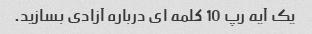
یک آیه رپ 10 کلمه ای درباره آزادی بسازید.